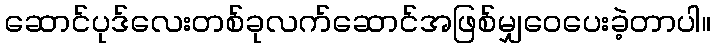
ဆောင်ပုဒ်လေးတစ်ခုလက်ဆောင်အဖြစ်မျှဝေပေးခဲ့တာပါ။